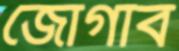
জোগাব